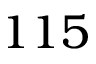
1 1 5